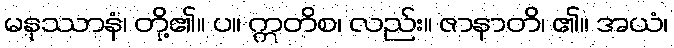
မနုဿာနံ၊ တို့၏။ ပ။ ဣတိစ၊ လည်း။ ဇာနာတိ၊ ၏။ အယံ၊